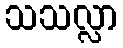
သသလ္လာ